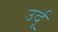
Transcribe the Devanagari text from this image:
उर्दूू